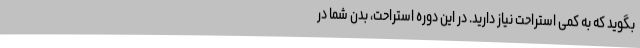
بگوید که به کمی استراحت نیاز دارید. در این دوره استراحت، بدن شما در